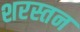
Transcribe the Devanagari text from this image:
शरस्तन